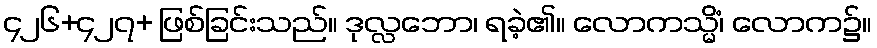
၄၂၆+၄၂၇+ ဖြစ်ခြင်းသည်။ ဒုလ္လဘော၊ ရခဲ့၏။ လောကသ္မိံ၊ လောက၌။